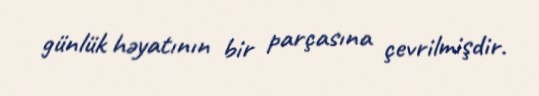
günlük həyatının bir parçasına çevrilmişdir.